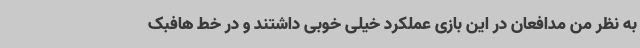
به نظر من مدافعان در این بازی عملکرد خیلی خوبی داشتند و در خط هافبک